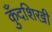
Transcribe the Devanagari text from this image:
कुँदशिखी